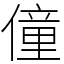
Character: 僮